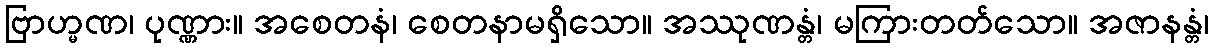
ဗြာဟ္မဏ၊ ပုဏ္ဏား။ အစေတနံ၊ စေတနာမရှိသော။ အဿုဏန္တံ၊ မကြားတတ်သော။ အဇာနန္တံ၊